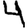
Digit: 4